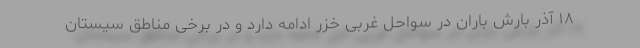
۱۸ آذر بارش باران در سواحل غربی خزر ادامه دارد و در برخی مناطق سیستان